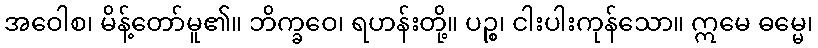
အဝေါစ၊ မိန့်တော်မူ၏။ ဘိက္ခဝေ၊ ရဟန်းတို့။ ပဉ္စ၊ ငါးပါးကုန်သော။ ဣမေ ဓမ္မေ၊